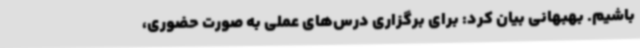
باشیم. بهبهانی بیان کرد: برای برگزاری درس‌های عملی به صورت حضوری،